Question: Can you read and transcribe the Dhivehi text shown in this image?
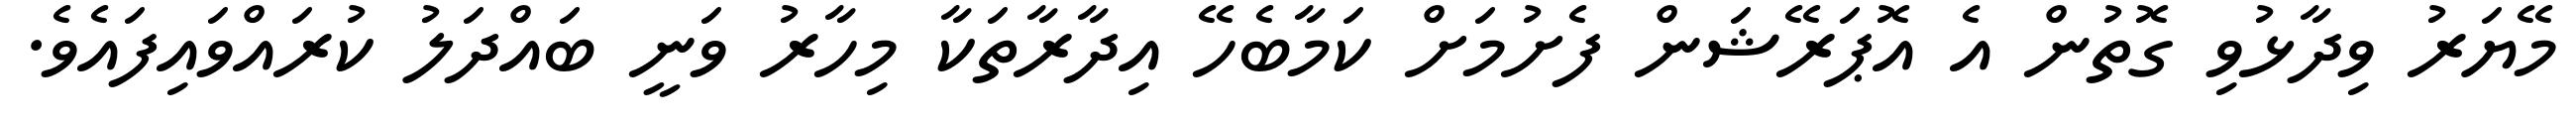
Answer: މޭޔަރު ވިދާޅުވި ގޮތުން އެ އޮޕަރޭޝަން ފެށުމަށް ކަމާބެހޭ އިދާރާތަކާ މިހާރު ވަނީ ބައްދަލު ކުރައްވައިފައެވެ.